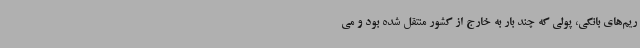
ریم‌های بانکی، پولی که چند بار به خارج از کشور منتقل شده بود و می